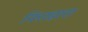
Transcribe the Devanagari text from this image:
निराहारा